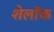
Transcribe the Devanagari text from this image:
शेलॉक